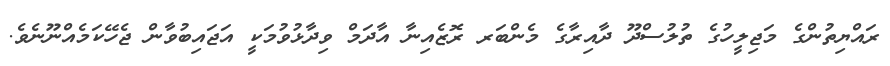
ރައްޔިތުންގެ މަޖިލީހުގެ ތުލުސްދޫ ދާއިރާގެ މެންބަރ ރޮޒެއިނާ އާދަމް ވިދާޅުވުމަކީ އަޖައިބުވާން ޖެހޭކަމެއްނޫނެވެ.